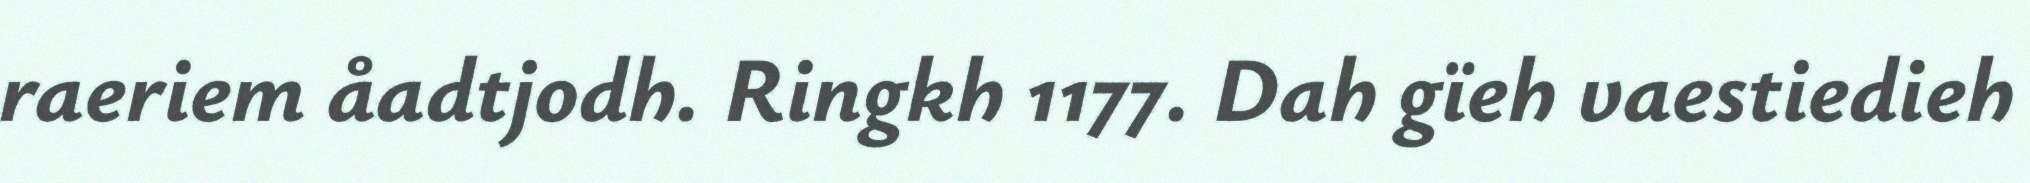
raeriem åadtjodh. Ringkh 1177. Dah gïeh vaestiedieh